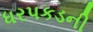
ધરપકડની